Indian journal of veterinary science and animal husbandry - Volume 13,
Year: 1943
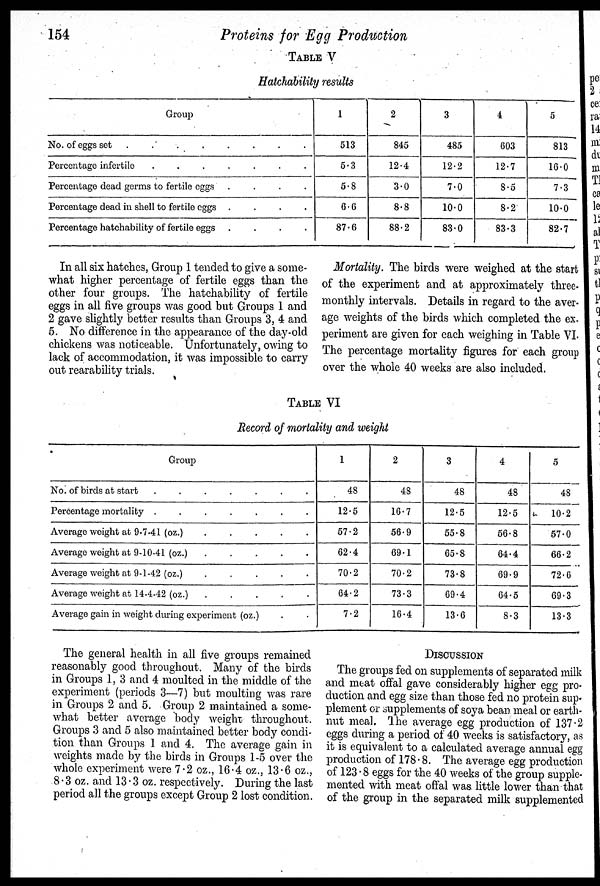
154
Proteins for Egg Production
TABLE V
Hatchability results
Group
No. of eggs set
.
.
.
.
.
.
.
.
Percentage infertile . . . . . . .
Percentage dead germs to fertile eggs
.
.
.
.
Percentage dead in shell to fertile eggs
.
.
.
.
Percentage hatchability of fertile eggs . . . .
1
513
5.3
5.8
6.6
87.6
2
845
12.4
3.0
8.8
88.2
3
485
12.2
7.0
10.0
83.0
4
603
12.7
8.5
8.2
83.3
5
813
16.0
7.3
10.0
82.7
In all six hatches, Group 1 tended to give a some-
what higher percentage of fertile eggs than the
other four groups. The hatchability of fertile
eggs in all five groups was good but Groups 1 and
2 gave slightly better results than Groups 3, 4 and
5. No difference in the appearance of the day-old
chickens was noticeable. Unfortunately, owing to
lack of accommodation, it was impossible to carry
out rearability trials.
Mortality. The birds were weighed at the start
of the experiment and at approximately three-
monthly intervals. Details in regard to the aver-
age weights of the birds which completed the ex-
periment are given for each weighing in Table VI.
The percentage mortality figures for each group
over the whole 40 weeks are also included.
TABLE VI
Record of mortality and weight
Group
No. of birds at start
.
.
.
.
.
.
.
.
Percentage mortality
.
.
.
.
.
.
.
.
Average weight at 9-7-41 (oz.)
.
.
.
.
.
Average weight at 9-10-41 (oz.)
.
.
.
.
.
Average weight at 9-1-42 (oz.)
.
.
.
.
.
Average weight at 14-4-42 (oz.)
.
.
.
.
.
Average gain in weight during experiment (oz.) . .
1
48
12.5
57.2
62.4
70.2
64.2
7.2
2
48
16.7
56.9
69.1
70.2
73.3
16.4
3
48
12.5
55.8
65.8
73.8
69.4
13.6
4
48
12.5
56.8
64.4
69.9
64.5
8.3
5
48
10.2
57.0
66.2
72.6
69.3
13.3
The general health in all five groups remained
reasonably good throughout. Many of the birds
in Groups 1, 3 and 4 moulted in the middle of the
experiment (periods 3—7) but moulting was rare
in Groups 2 and 5. Group 2 maintained a some-
what better average body weight throughout.
Groups 3 and 5 also maintained better body condi-
tion than Groups 1 and 4. The average gain in
weights made by the birds in Groups 1-5 over the
whole experiment were 7.2 oz., 16.4 oz., 13.6 oz.,
8.3 oz. and 13.3 oz. respectively. During the last
period all the groups except Group 2 lost condition.
DISCUSSION
The groups fed on supplements of separated milk
and meat offal gave considerably higher egg pro-
duction and egg size than those fed no protein sup-
plement or supplements of soya bean meal or earth-
nut meal. The average egg production of 137.2
eggs during a period of 40 weeks is satisfactory, as
it is equivalent to a calculated average annual egg
production of 178.8. The average egg production
of 123.8 eggs for the 40 weeks of the group supple-
mented with meat offal was little lower than that
of the group in the separated milk supplemented